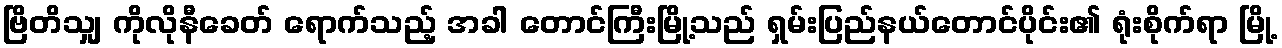
ဗြိတိသျှ ကိုလိုနီခေတ် ရောက်သည့် အခါ တောင်ကြီးမြို့သည် ရှမ်းပြည်နယ်တောင်ပိုင်း၏ ရုံးစိုက်ရာ မြို့